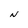
Character: N